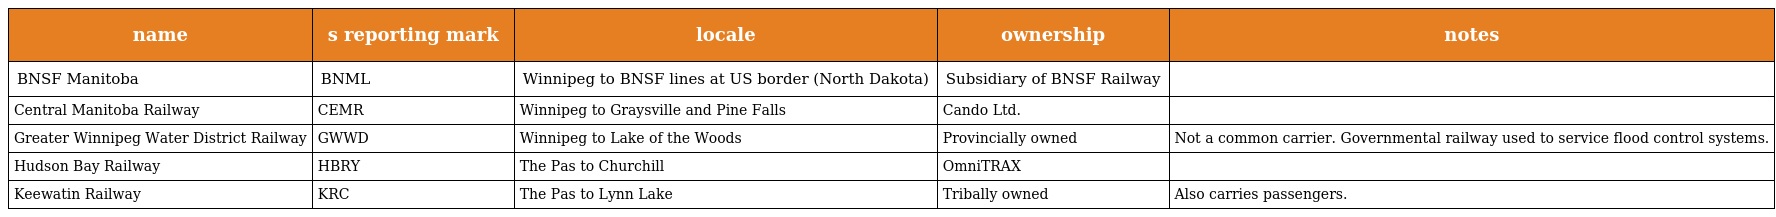
| name | s reporting mark | locale | ownership | notes |
 | --- | --- | --- | --- | --- |
 | BNSF Manitoba | BNML | Winnipeg to BNSF lines at US border (North Dakota) | Subsidiary of BNSF Railway |  |
 | Central Manitoba Railway | CEMR | Winnipeg to Graysville and Pine Falls | Cando Ltd. |  |
 | Greater Winnipeg Water District Railway | GWWD | Winnipeg to Lake of the Woods | Provincially owned | Not a common carrier. Governmental railway used to service flood control systems. |
 | Hudson Bay Railway | HBRY | The Pas to Churchill | OmniTRAX |  |
 | Keewatin Railway | KRC | The Pas to Lynn Lake | Tribally owned | Also carries passengers. |